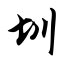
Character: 圳